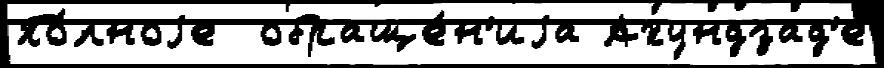
По́лноjе  обраще́н'иjа Ахундзад'е